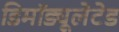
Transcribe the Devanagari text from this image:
डिमॉड्यूलेटेड